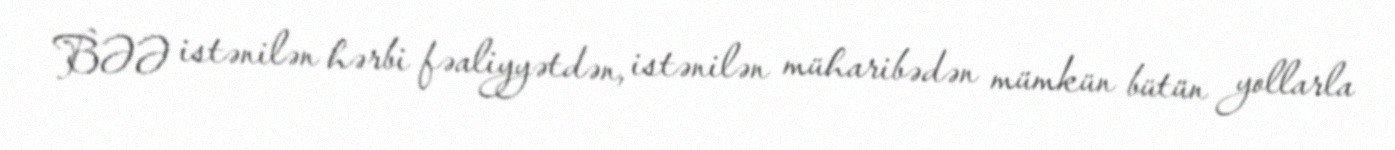
BƏƏ istənilən hərbi fəaliyyətdən, istənilən müharibədən mümkün bütün yollarla